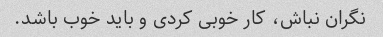
نگران نباش، کار خوبی کردی و باید خوب باشد.